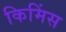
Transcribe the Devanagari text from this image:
किमिंस